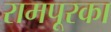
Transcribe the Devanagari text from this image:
रामपूरका